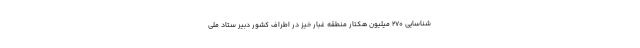
شناسایی ۲۷۰ میلیون هکتار منطقه غبار خیز در اطراف کشور دبیر ستاد ملی